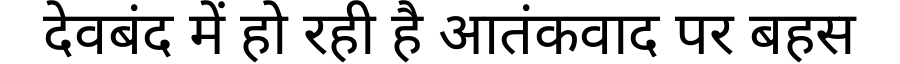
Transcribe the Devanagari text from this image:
देवबंद में हो रही है आतंकवाद पर बहस